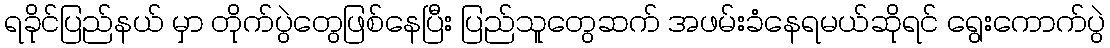
ရခိုင်ပြည်နယ် မှာ တိုက်ပွဲတွေဖြစ်နေပြီး ပြည်သူတွေဆက် အဖမ်းခံနေရမယ်ဆိုရင် ရွေးကောက်ပွဲ